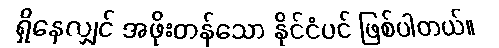
ရှိနေလျှင် အဖိုးတန်သော နိုင်ငံပင် ဖြစ်ပါတယ်။